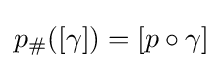
p_{\#}([\gamma ])=[p\circ \gamma ]